Leprosy in India: report of the Leprosy Commission in India, 1890-91
Year: 1890
Disease focus: Leprosy
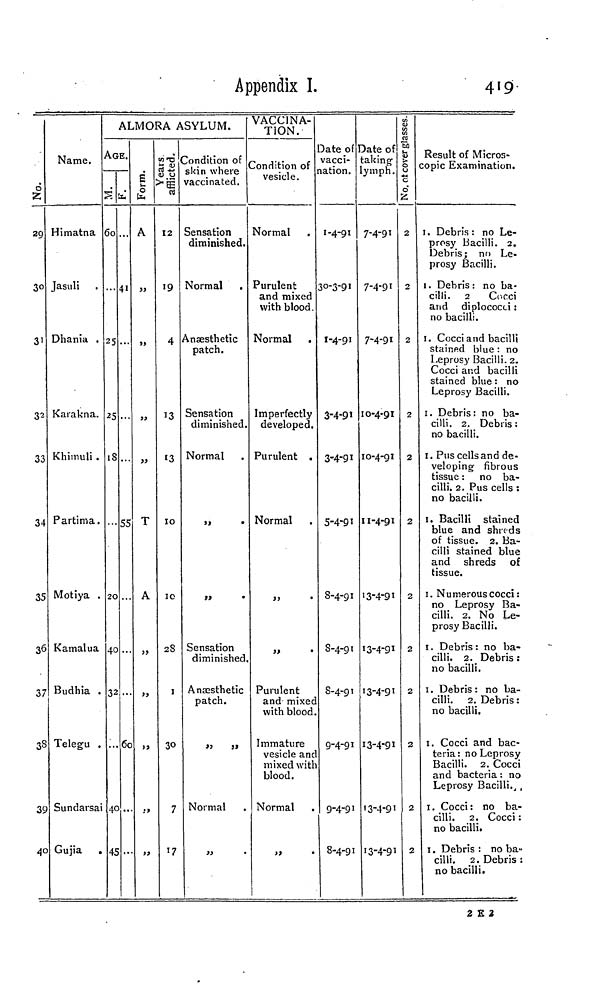
Appendix I.
419
Ô
z
3°3
1
32
33
34
35
36
37
3S
39
40
Name.
Himatna
Jasuli
Dhania .
Karakna.
Khimuli .
Partima.
Motiya .
Kamalua
Budhia .
Telegu .
Sundarsai
Gujia
.
ALMORA ASYLUM.
AGE.
60
25
25
iS
20
40
32
40
45
41
55
60
È
1
A
T
A
33
39
;>
>}
»5TJ
2 1)
<u u
12
19
4
13
13
10
IG
28
I
30
7
17
Condition of
skin where
vaccinated.
Sensation
diminished.
Normal
.
Anaesthetic
patch.
Sensation
diminished.
Normal
3J
•
»»
•
Sensation
diminished.
Anaesthetic
patch.
Normal
VACCINA-
TION.
Condition of
vesicle.
Normal
Purulent
and mixed
with blood.
Normal
Imperfectly
developed.
Purulent .
Normal
3>
•
33
•
Purulent
and mixec
with blood
Immature
vesicle anc
mixed witl
blood.
Normal
.
3»
•
Date of
vacci-
nation.
1-4-91
30-3-91
I-4-91
3-4-91
3-4-91
5-4-91
8-4-91
S-4-91
S-4-91
9-4-91
9-4-91
8-4-91
Date of
:aking
ymph.
7-4-91
7-4-91
7-4-91
10-4-91
10-4-91
11-4-91
13-4-91
13-4-91
13-4-91
13-4-91
13-4-91
13-4-91
jsses.
). ot cover gl;
2
2
2
2
2
2
2
2
2
2
2
2
Result of Micros-
copic Examination.
1. Debris : no Le-
prosy Bacilli. 2.
Debris; no Le-
prosy Bacilli.
1. Debris : no ba-
cilli. 2 Cocci
and diplococci :
no bacilli.
1. Cocci and bacilli
stained blue : no
Leprosy Bacilli. 2.
Cocci and bacilli
stained blue : no
Leprosy Bacilli.
1. Debris: no ba-
cilli. 2. Debris:
no bacilli.
1. Pus cells and de-
veloping- fibrous
tissue : no ba-
cilli. 2. Pus cells :
no bacilli.
1. Bacilli stained
blue and shreds
of tissue. 2. Ba-
cilli stained blue
and shreds of
tissue.
1. N umerous cocci :
no Leprosy Ba-
cilli. 2. No Le-
prosy Bacilli.
1. Debris : no ba-
cilli. 2. Debris :
no bacilli.
1. Debris : no ba-
cilli. 2. Debris :
no bacilli.
1. Cocci and bac-
teria: no Leprosy
Bacilli. 2. Cocci
and bacteria : no
Leprosy Bacilli. J ,
1. Cocci : no ba-
cilli. 2. Cocci :
no bacilli.
1. Debris : no ba-
cilli. 2. Debris :
no bacilli.
2 £ 2